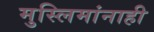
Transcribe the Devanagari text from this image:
मुस्लिमांनाही